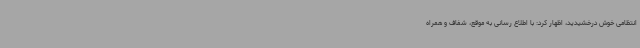
انتظامی خوش درخشیدید، اظهار کرد: با اطلاع رسانی به موقع، شفاف و همراه